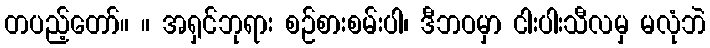
တပည့်တော်။ ။ အရှင်ဘုရား စဉ်စားစမ်းပါ၊ ဒီဘဝမှာ ငါးပါးသီလမှ မလုံဘဲ